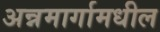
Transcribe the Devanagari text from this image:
अन्नमार्गामधील